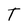
Character: T